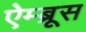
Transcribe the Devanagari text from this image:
ऐम्ब्रूस